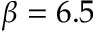
\beta = 6 . 5